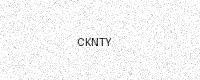
Text: CKNTY